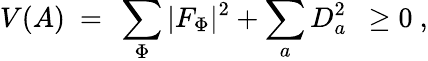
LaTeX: V(A)~=~\sum_{\Phi}|F_{\Phi}|^{2}+\sum_{a}D_{a}^{2}~~\geq 0\ ,